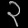
Digit: ၃